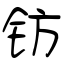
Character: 钫